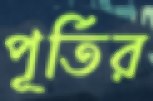
পূর্তির